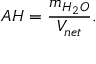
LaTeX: A H = { \frac { m _ { H _ { 2 } O } } { V _ { n e t } } } .